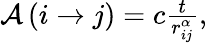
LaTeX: \begin{array}{r}{\mathcal{A}\left(i\rightarrow j\right)=c\frac{t}{r_{ij}^{\alpha}},}\end{array}